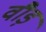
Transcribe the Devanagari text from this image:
वौड़